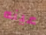
عينه